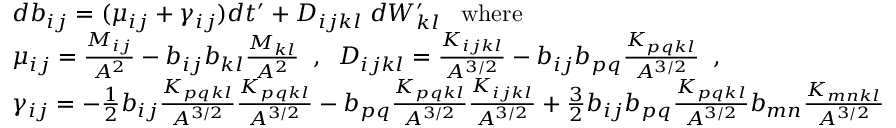
\begin{array} { r l } & { d b _ { i j } = ( \mu _ { i j } + \gamma _ { i j } ) d t ^ { \prime } + D _ { i j k l } \; d W _ { k l } ^ { \prime } \; \; \; \mathrm { w h e r e } } \\ & { \mu _ { i j } = \frac { M _ { i j } } { A ^ { 2 } } - b _ { i j } b _ { k l } \frac { M _ { k l } } { A ^ { 2 } } \; \; , \; \; D _ { i j k l } = \frac { K _ { i j k l } } { A ^ { 3 / 2 } } - b _ { i j } b _ { p q } \frac { K _ { p q k l } } { A ^ { 3 / 2 } } \; \; , } \\ & { \gamma _ { i j } = - \frac { 1 } { 2 } b _ { i j } \frac { K _ { p q k l } } { A ^ { 3 / 2 } } \frac { K _ { p q k l } } { A ^ { 3 / 2 } } - b _ { p q } \frac { K _ { p q k l } } { A ^ { 3 / 2 } } \frac { K _ { i j k l } } { A ^ { 3 / 2 } } + \frac { 3 } { 2 } b _ { i j } b _ { p q } \frac { K _ { p q k l } } { A ^ { 3 / 2 } } b _ { m n } \frac { K _ { m n k l } } { A ^ { 3 / 2 } } } \end{array}